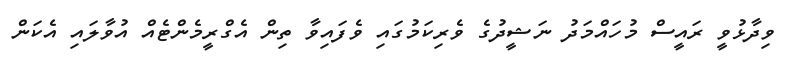
ވިދާޅުވީ ރައީސް މުހައްމަދު ނަޝީދުގެ ވެރިކަމުގައި ވެފައިވާ ތިން އެގްރީމެންޓެއް އުވާލައި އެކަން